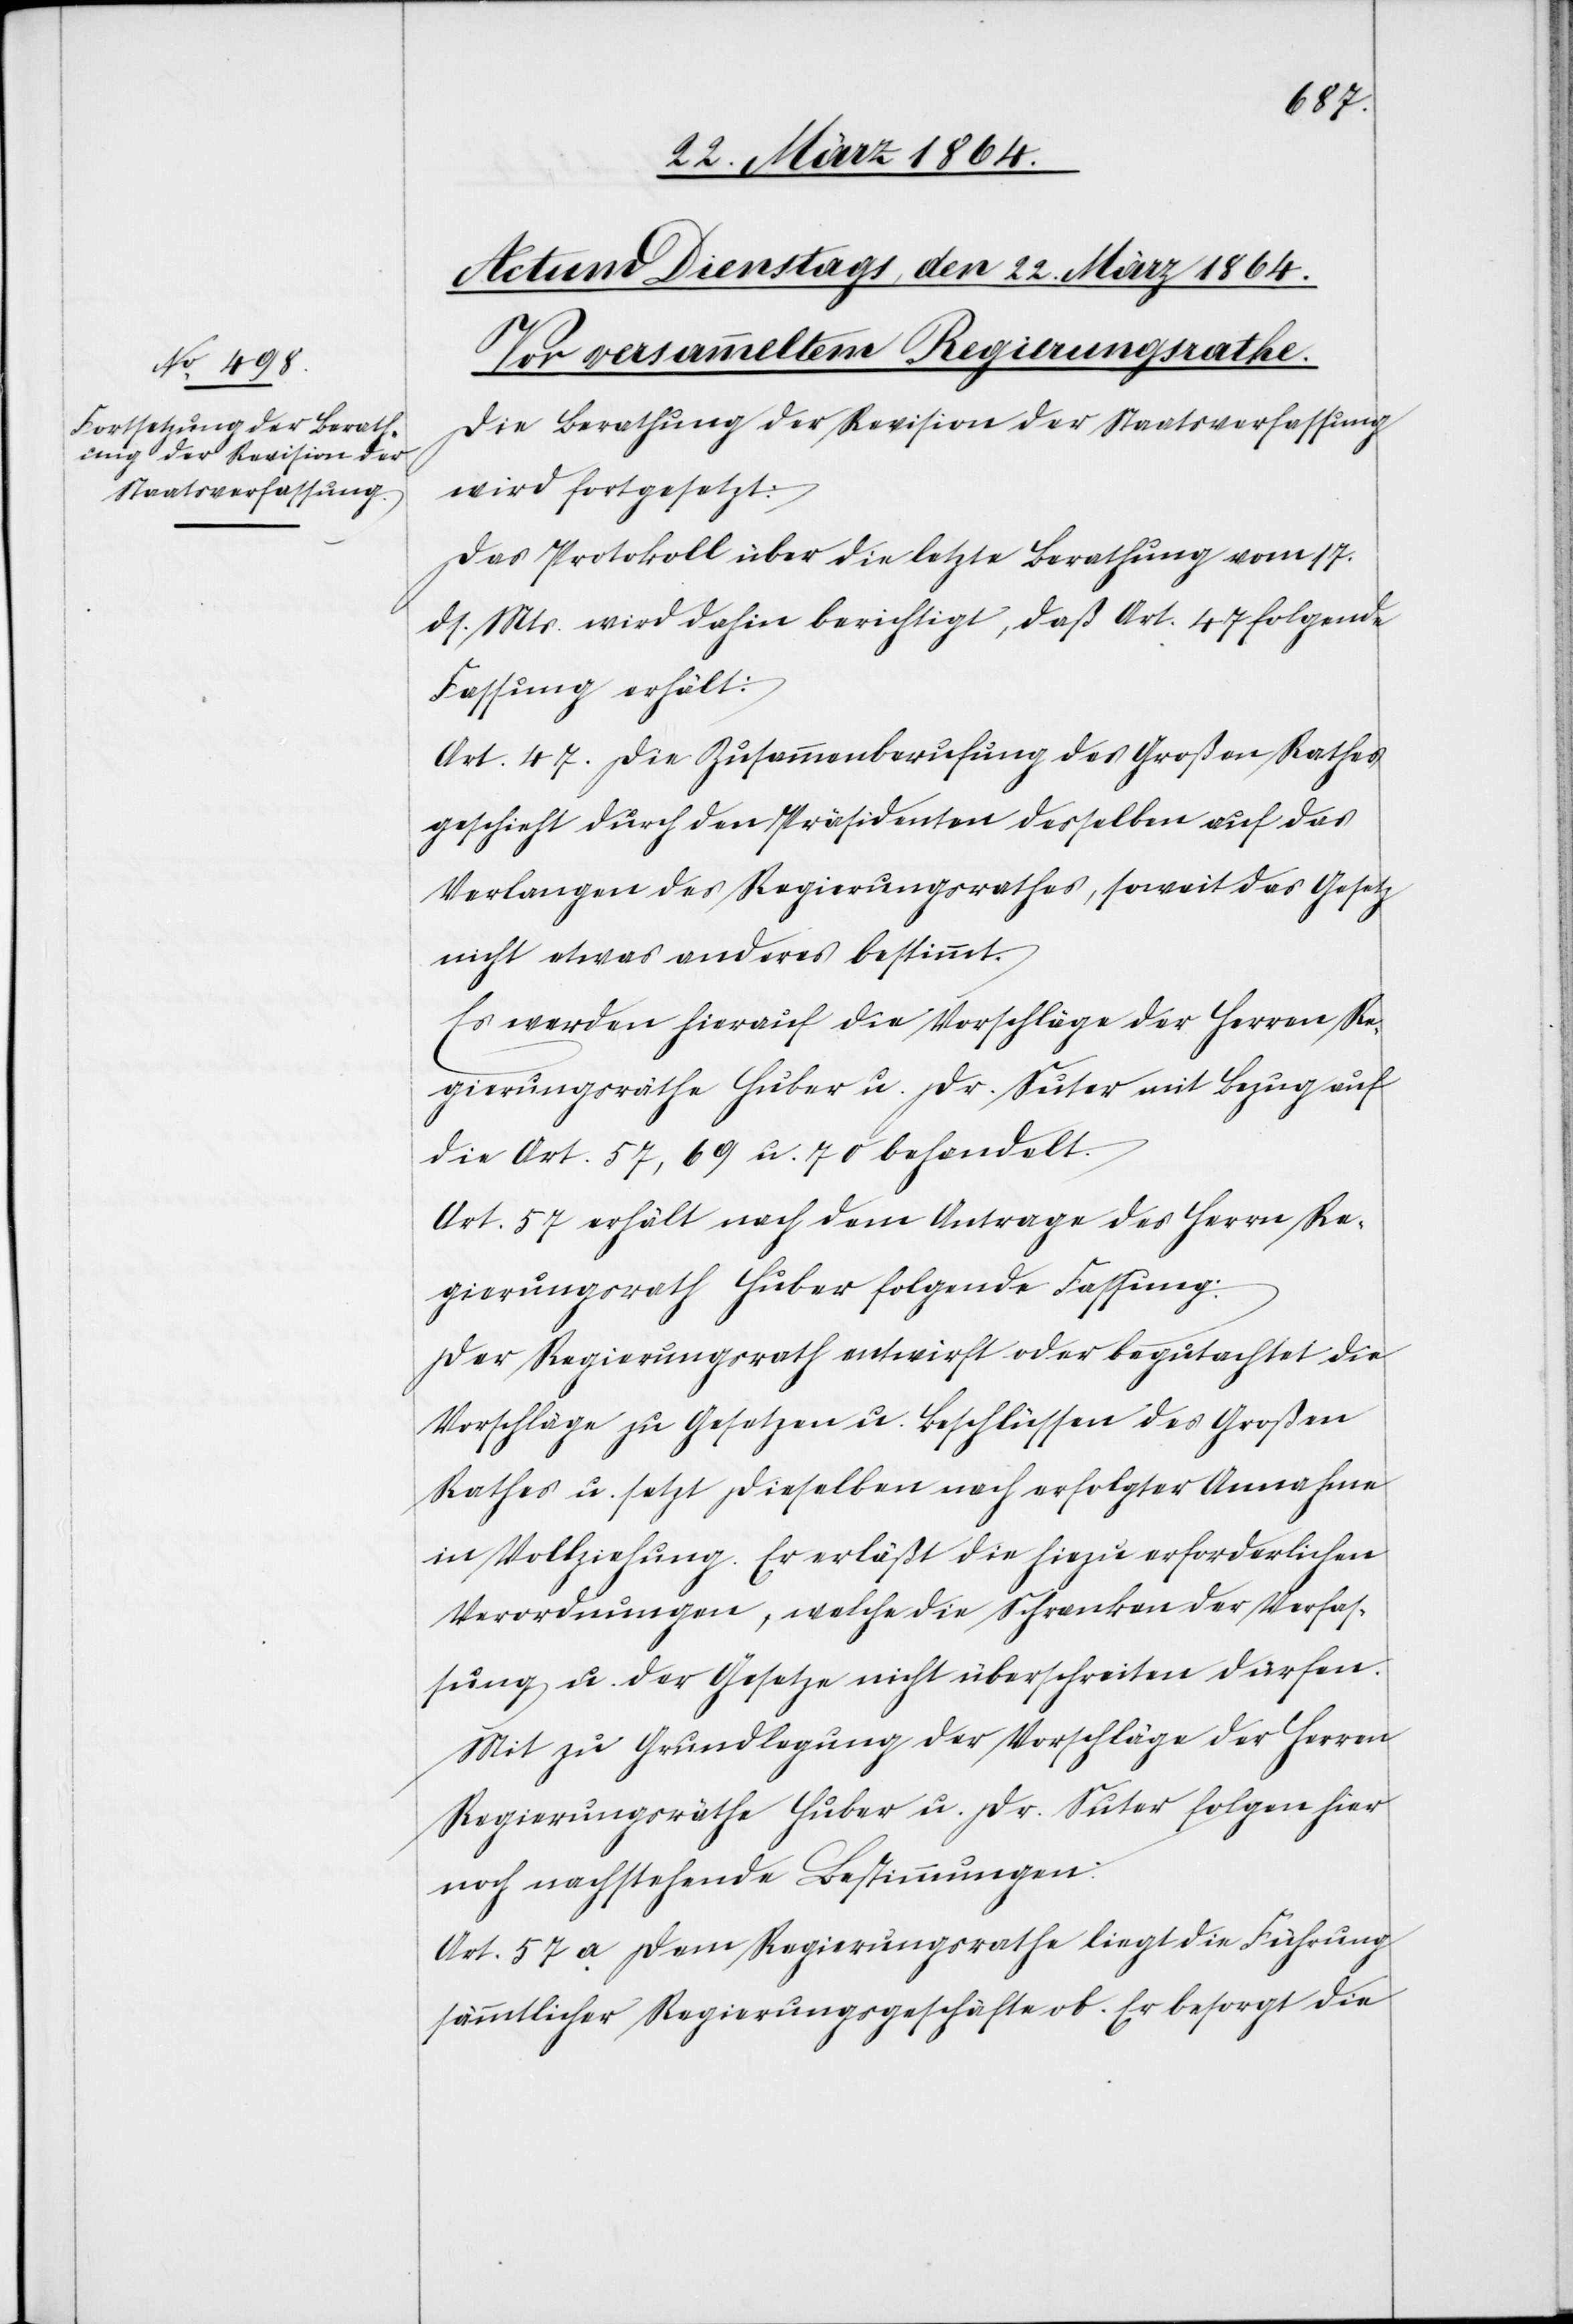
Die Berathung der Revision der Staatsverfassung
wird fortgesetzt:
Das Protokoll über die letzte Berathung vom 17.
ds. Mts. wird dahin berichtigt, daß Art. 47 folgende
Fassung erhält:
Art. 47. Die Zusammenberufung des Großen Rathes
geschieht durch den Präsidenten desselben auf das
Verlangen des Regierungsrathes, soweit das Gesetz
nicht etwas anderes bestimmt.
Es werden hierauf die Vorschläge der Herren Re¬
gierungsräthe Huber u. Dr. Suter mit Bezug auf
die Art. 57, 69 u. 70 behandelt.
Art. 57 erhält nach dem Antrage des Herrn Re¬
gierungsrath Huber folgende Fassung:
Der Regierungsrath entwirft oder begutachtet die
Vorschläge zu Gesetzen u. Beschlüssen des Großen
Rathes u. setzt dieselben nach erfolgter Annahme
in Vollziehung. Er erläßt die hiezu erforderlichen
Verordnungen, welche die Schranken der Verfas¬
sung u. der Gesetze nicht überschreiten dürfen.
Mit zu Grundlegung der Vorschläge der Herren
Regierungsräthe Huber u. Dr. Suter folgen hier
noch nachstehende Bestimmungen.
Art. 57a Dem Regierungsrathe liegt die Führung
sämmtlicher Regierungsgeschäfte ob. Er besorgt die